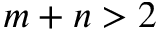
m + n > 2